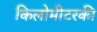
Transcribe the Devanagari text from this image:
किलोमीटरकी